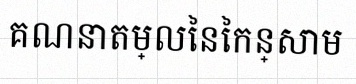
គណនាតម្លៃនៃកន្សោម